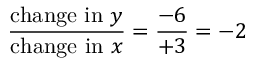
{ \frac { { \mathrm { c h a n g e ~ i n ~ } } y } { { \mathrm { c h a n g e ~ i n ~ } } x } } = { \frac { - 6 } { + 3 } } = - 2